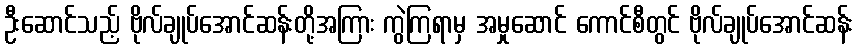
ဦးဆောင်သည့် ဗိုလ်ချုပ်အောင်ဆန်းတို့အကြား ကွဲကြရာမှ အမှုဆောင် ကောင်စီတွင် ဗိုလ်ချုပ်အောင်ဆန်း